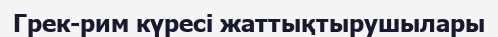
Грек-рим күресі жаттықтырушылары